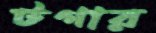
টগার